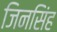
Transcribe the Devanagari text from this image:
जिनसिंह